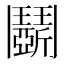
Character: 𩰚